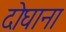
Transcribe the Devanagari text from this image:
दोघाना